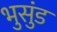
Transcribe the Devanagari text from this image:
भुसुंड